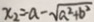
x _ { 2 } = - a - \sqrt { a ^ { 2 } + b ^ { 2 } }